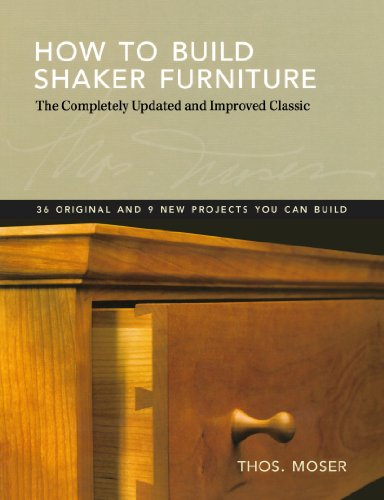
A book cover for How To Build Shaker Furniture: The Complete Updated & Improved Classic; Tom Moser; Arts & Photography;